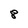
Character: 8